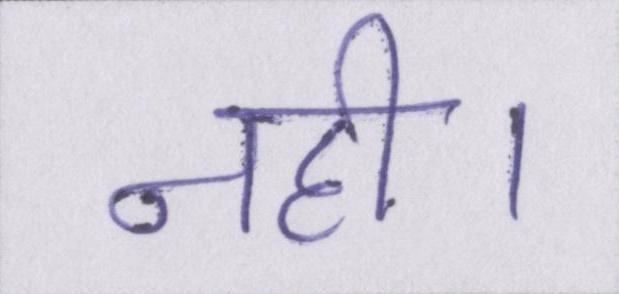
नही।